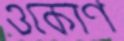
ওকোণ